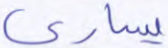
يسارى